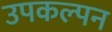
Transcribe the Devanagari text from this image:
उपकल्पन